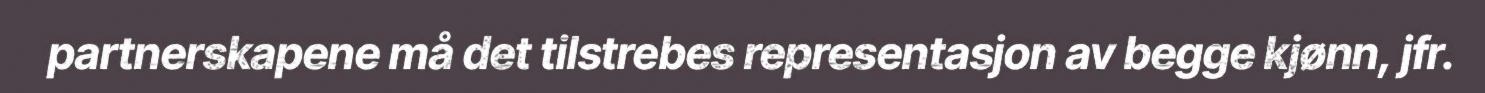
partnerskapene må det tilstrebes representasjon av begge kjønn, jfr.